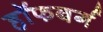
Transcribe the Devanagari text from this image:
हॉफबर्ग